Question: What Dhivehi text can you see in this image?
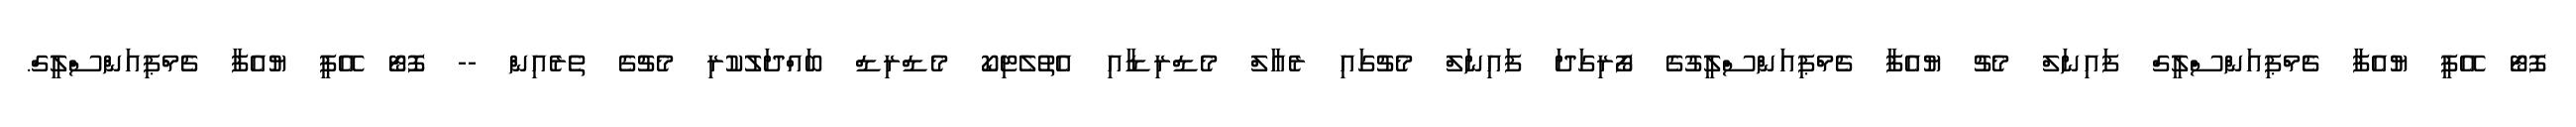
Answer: ފޮޓޯ އޭޕީ ޔުއެފާ ޗެމްޕިއަންސްލީގް ފައިނަލް މެޗު ޔުއެފާ ޗެމްޕިއަންސްލީގުގެ ފޯރިގަދަ ފައިނަލް މެޗުގައި ރެއާލް މެޑްރިޑާއި އެތުލެޓިކޯ މެޑްރިޑް ބައްދަލުކުރި މެޗުގެ ތެރެއިން -- ފޮޓޯ އޭޕީ ޔުއެފާ ޗެމްޕިއަންސްލީގް.